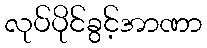
လုပ်ပိုင်ခွင့်အာဏာ